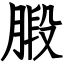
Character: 腶